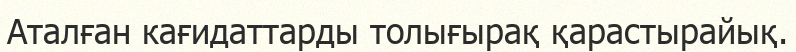
Аталған кағидаттарды толығырақ қарастырайық.